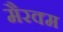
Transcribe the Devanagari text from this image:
मैरक्म